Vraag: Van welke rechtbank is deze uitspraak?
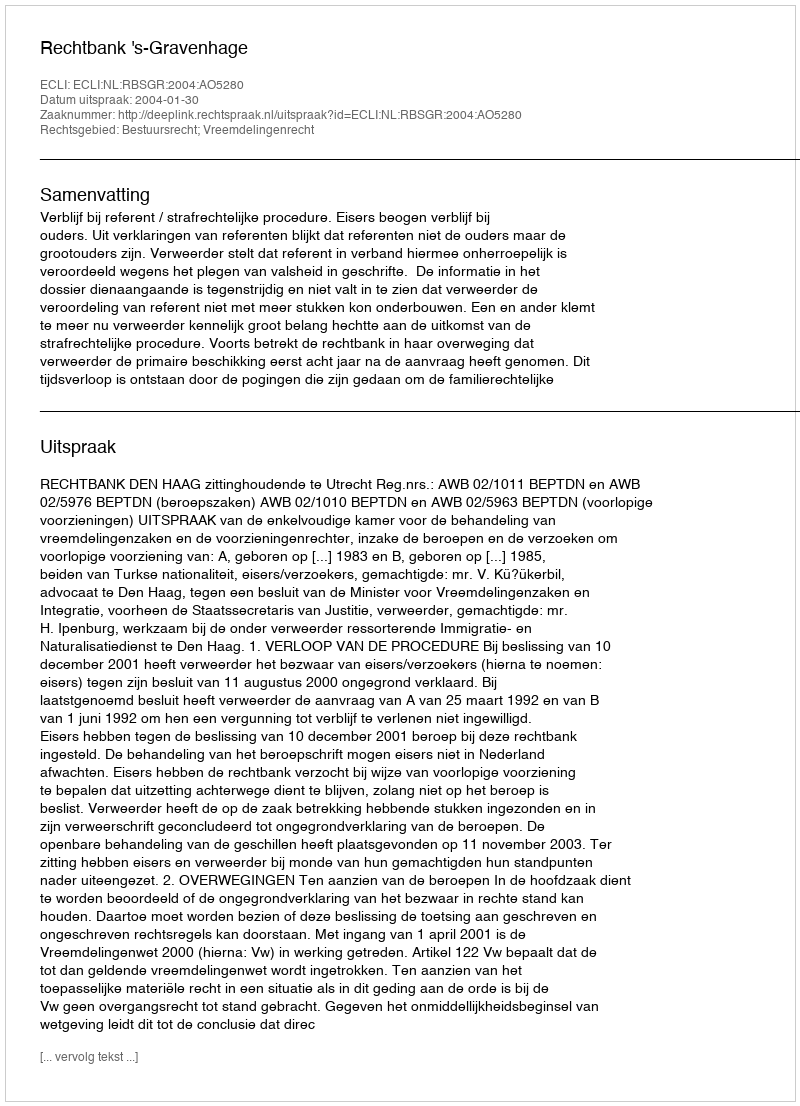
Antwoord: Rechtbank 's-Gravenhage